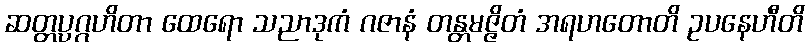
ဆတ္တပ္ပဂ္ဂဟိတာ ထေရော သညာဒုကံ ဂဇာနံ တန္တမဇ္ဇိတံ အရဟတောတိ ဥပနေဟီတိ